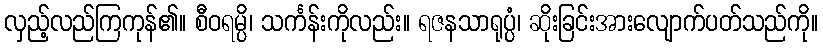
လှည့်လည်ကြကုန်၏။ စီဝရမ္ပိ၊ သင်္ကန်းကိုလည်း။ ရဇနသာရုပ္ပံ၊ ဆိုးခြင်းအားလျောက်ပတ်သည်ကို။